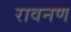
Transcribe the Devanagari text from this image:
रावनण